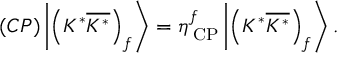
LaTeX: ( { \cal C P } ) \left| \left( K ^ { \ast } \overline { { { K ^ { \ast } } } } \right) _ { f } \right\rangle = \eta _ { \mathrm { { \tiny ~ C P } } } ^ { f } \left| \left( K ^ { \ast } \overline { { { K ^ { \ast } } } } \right) _ { f } \right\rangle .